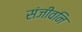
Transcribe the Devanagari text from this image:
संजीवनि